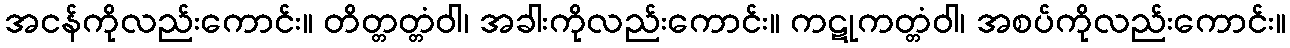
အငန်ကိုလည်းကောင်း။ တိတ္တတ္တံဝါ၊ အခါးကိုလည်းကောင်း။ ကဋုကတ္တံဝါ၊ အစပ်ကိုလည်းကောင်း။